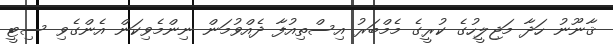
ޤާނޫނު ހަދާ މަޖިލީހުގެ ކުރީގެ މެމްބަރު އިސްތިއުފާ ދެއްވުމަން ނިންމެވިކަން އެންގެވި ސިޓީ